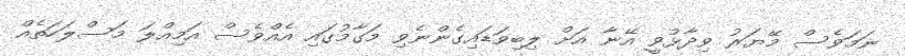
ނަމަވެސް މޭޔަރު ވިދާޅުވީ އޭނާ އަށް ލިބިވަޑައިގެންނެވި މަގާމުގައި އެއްވެސް އަމިއްލަ މަސްލަހަތެއް